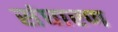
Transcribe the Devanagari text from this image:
संघारण